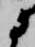
に